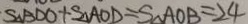
S _ { \Delta } B D O + S _ { \Delta } A O D = S _ { \Delta } A O B = 2 4